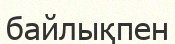
байлықпен